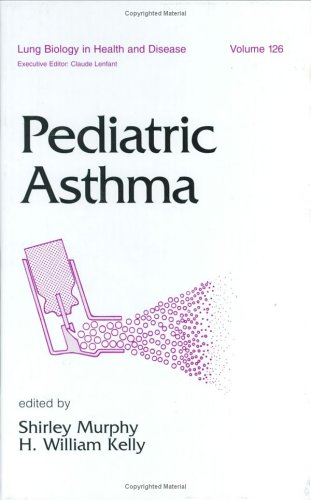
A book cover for Pediatric Asthma (Lung Biology in Health and Disease); Shirley J. Murphy; Health, Fitness & Dieting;